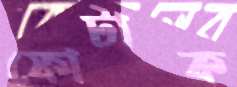
ফোটাক